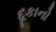
દૂકાનો